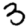
Digit: 3